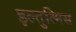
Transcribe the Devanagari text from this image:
इल्तुत्मिस